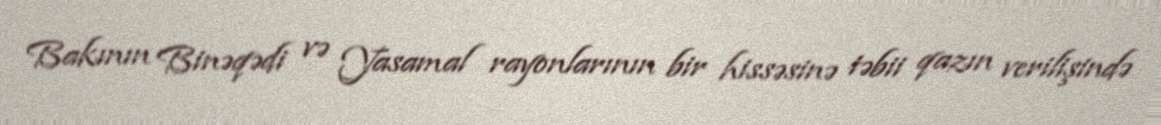
Bakının Binəqədi və Yasamal rayonlarının bir hissəsinə təbii qazın verilişində